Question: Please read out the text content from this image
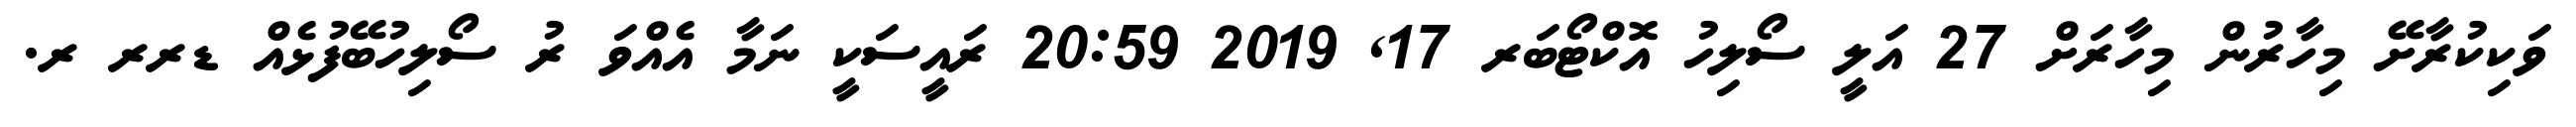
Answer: ވަކިކުރާށޭ މިހާރުން މިހާރަށް 27 އަލީ ސޯލިހު އޮކްޓޯބަރ 17, 2019 20:59 ރައީސަކީ ނަމާ އެއްވަ ރު ސޯލިހުބޭފުޅެއް ޑރރ ރ.